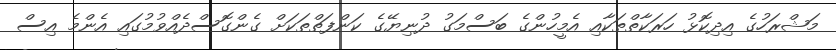
މަޝްރަހުގެ އިދިކޮޅު ހަރަކާތްތަކާއި އެމީހުންގެ ބަސްމަގު ދުނިޔޭގެ ކަންފަތްތަކަށް ގެންގޮސްދެއްވުމުގައި އެންމެ އިސް